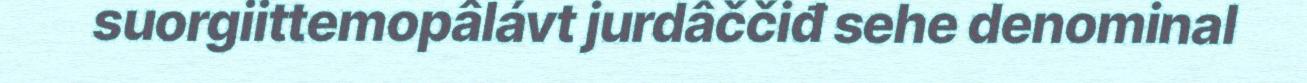
suorgiittemopâlávt jurdâččiđ sehe denominal